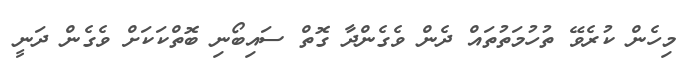
މިހެން ކުރެވޭ ތުހުމަތުތައް ދެން ވެގެންދާ ގޮތް ސައިބޯނި ބޮތްކަކަށް ވެގެން ދަނީ